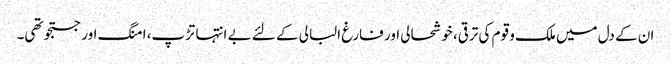
ان کے دل میں ملک و قوم کی ترقی، خوشحالی اور فارغ البالی کے لئے بے انتہا تڑپ، امنگ اور جستجو تھی۔